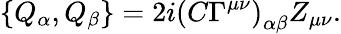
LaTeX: \left\{ Q_{\alpha},Q_{\beta}\right\} =2i{(C\Gamma^{\mu\nu})}_{\alpha\beta}Z_{\mu\nu}.